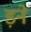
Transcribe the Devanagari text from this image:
ड़ने